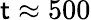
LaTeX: \mathsf{t}\approx500